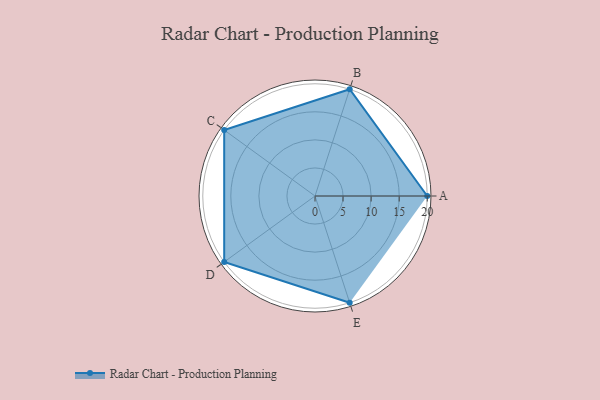
{"axis": {"x": "Skill", "y": "Score"}, "legend": ["Profile"], "data": [{"x": "A", "y": 20, "type": "Profile"}, {"x": "B", "y": 20, "type": "Profile"}, {"x": "C", "y": 20, "type": "Profile"}, {"x": "D", "y": 20, "type": "Profile"}, {"x": "E", "y": 20, "type": "Profile"}]}